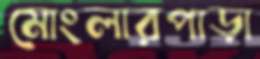
মোংলারপাড়া